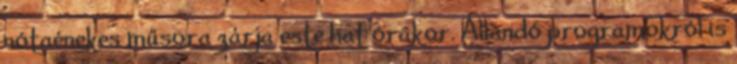
nótaénekes műsora zárja este hat órakor. Állandó programokról is